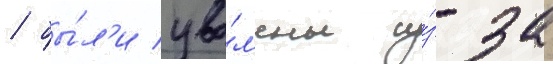
/ бы́л'и уво́л'ены и́з-за